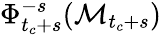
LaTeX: \Phi_{t_{c}+s}^{-s}(\mathcal{M}_{t_{c}+s})